Madras plague regulations in force outside the Presidency town - Volume 2
Disease focus: Plague
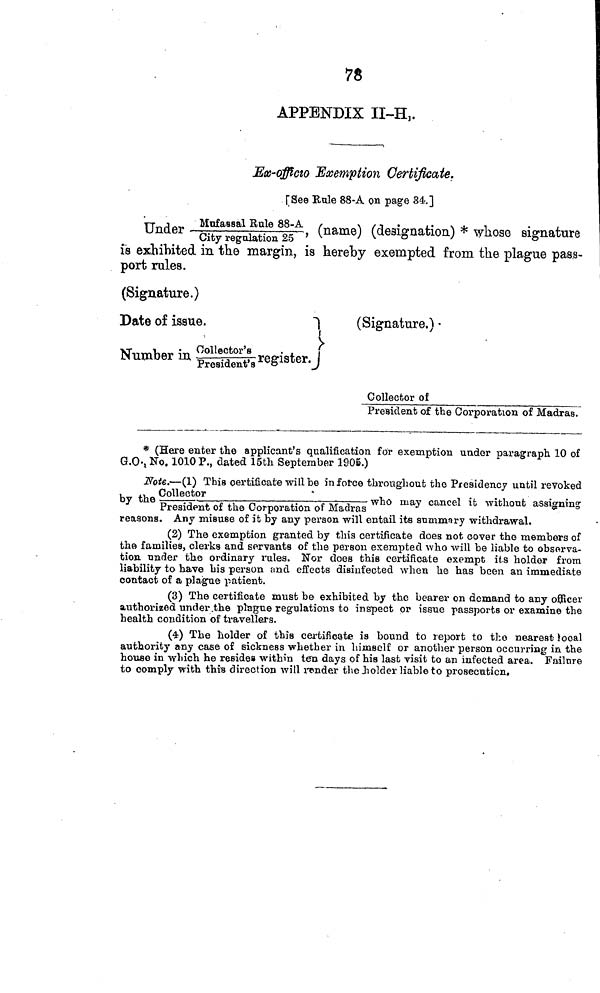
78
APPENDIX II-H.
Ex-officio Exemption Certificate.
[See Rule 88-A on page 34.]
Under -------- Mufassal Rule 88-A (name) (designation) * whose signature
City regulation 25
is exhibited in the margin, is hereby exempted from the plague pass-
port rules.
(Signature.)
Date of issue.
Number in Collector's register.
President's
(Signature.)
Collector of
President of the Corporation of Madras.
* (Here enter the applicant's qualification for exemption under paragraph 10 of
G.O.,No. 1010 P., dated 15th September 1905.)
Note.—(1)
This certificate will be in force throughout the Presidency until revok
by the — ——--——¡—
who
may cancel it without assigning
President of the Corporation of Madras
reasons. Any misuse of it by any person will entail its summary withdrawal.
(2) The exemption granted by this certificate does not cover the members of
the families, clerks and servants of the person exempted who will be liable to observa-
tion, nnder the ordinary rules. Nor does this certificate exempt its holder from
liability to have his person and effects disinfected when he has been an immediate
contact of a plague patient.
(3) The certificate must be exhibited by the bearer on demand to any officer
authorized under .the plague regulations to inspect or issue passports or examine the
health condition of travellers.
(4) The holder of this certificate is bound to report to the nearest local
authority any case of sickness whether in himself or another person occurring in the
house in which he resides within ten days of his last visit to an infected area. Failure
to comply with this direction will render the bolder liable to prosecution.